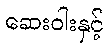
ဆေးဝါးနှင့်